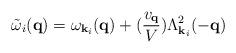
LaTeX: \begin{align*}{\tilde{\omega}}_{i}( {\bf{q}} ) = \omega_{ {\bf{k}}_{i} }({\bf{q}}) + (\frac{ v_{ {\bf{q}} } }{V})\Lambda^{2}_{ {\bf{k}}_{i} }(-{\bf{q}})\end{align*}